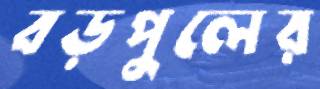
বড়পুলের